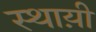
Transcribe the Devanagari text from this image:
स्थाय़ी